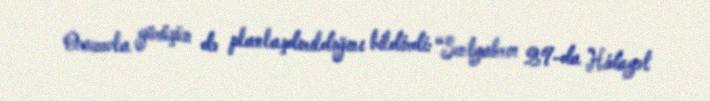
Orucovla görüşün də planlaşdırıldığını bildirdi: “Sentyabrın 29-da Hidayət